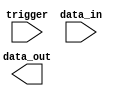
module generate_task_block (
    input trigger,
    input [7:0] data_in,
    output reg [7:0] data_out
);

reg [7:0] internal_data;

always @ (posedge trigger) begin
    if (trigger) begin
        internal_data <= data_in;
    end
end

task generate_task;
    begin
        data_out <= internal_data;
    end
endtask

endmodule